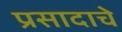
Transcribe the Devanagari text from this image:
प्रसादाचे